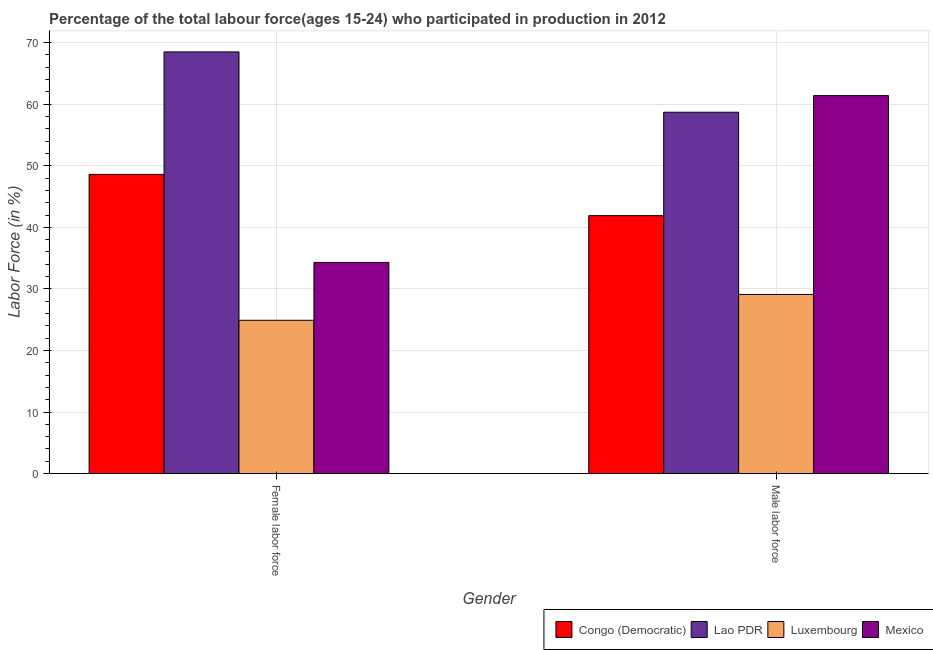
| Gender | Congo (Democratic) | Lao PDR | Luxembourg | Mexico |
 | --- | --- | --- | --- | --- |
 | Female labor force | 48.6 | 68.5 | 24.9 | 34.3 |
 | Male labor force | 41.9 | 58.7 | 29.1 | 61.4 |